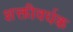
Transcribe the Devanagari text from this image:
शक्तीवर्धक